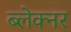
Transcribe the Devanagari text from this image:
ब्लेक्नर